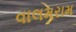
વાલમરામ